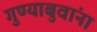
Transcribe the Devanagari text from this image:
गुण्याबुवांना